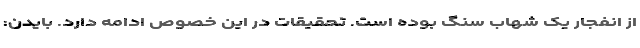
از انفجار یک شهاب سنگ بوده است. تحقیقات در این خصوص ادامه دارد. بایدن: